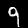
Label: 9